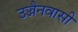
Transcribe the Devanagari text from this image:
उज्जैनवासी